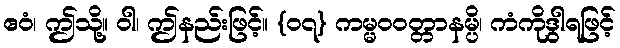
ဧဝံ၊ ဤသို့။ ဝါ၊ ဤနည်းဖြင့်။ {၀၇} ကမ္မဝဝတ္တာနမ္ပိ၊ ကံကိုဒွါရဖြင့်